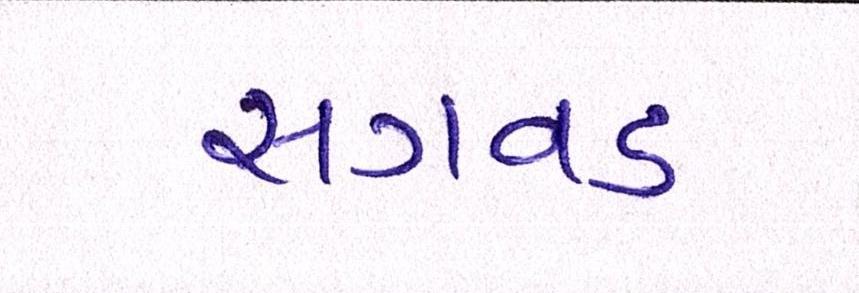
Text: સગવડ